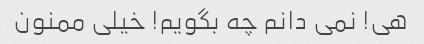
هی! نمی دانم چه بگویم! خیلی ممنون